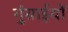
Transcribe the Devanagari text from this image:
गुंसाईयों